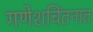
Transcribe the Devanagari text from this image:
गणेशचिंतनात